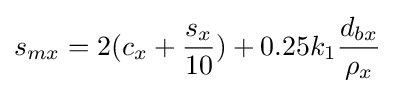
s_{mx}=2(c_{x}+{\frac {s_{x}}{10}})+0.25k_{1}{\frac {d_{bx}}{\rho _{x}}}